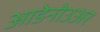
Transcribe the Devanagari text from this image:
आडेनोउअर